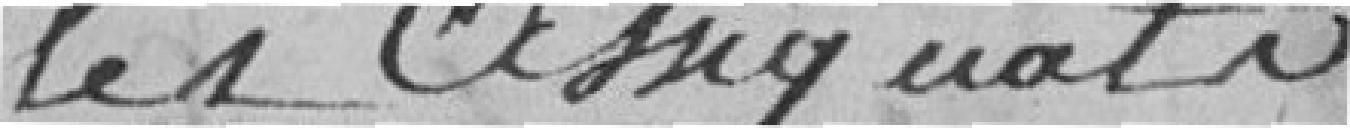
les assignataires